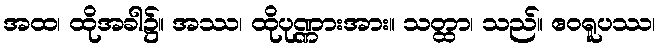
အထ၊ ထိုအခါ၌။ အဿ၊ ထိုပုဏ္ဏားအား။ သတ္ထာ၊ သည်။ ဧဝရူပဿ၊